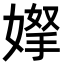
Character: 𭒌